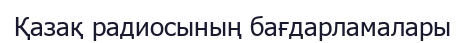
Қазақ радиосының бағдарламалары